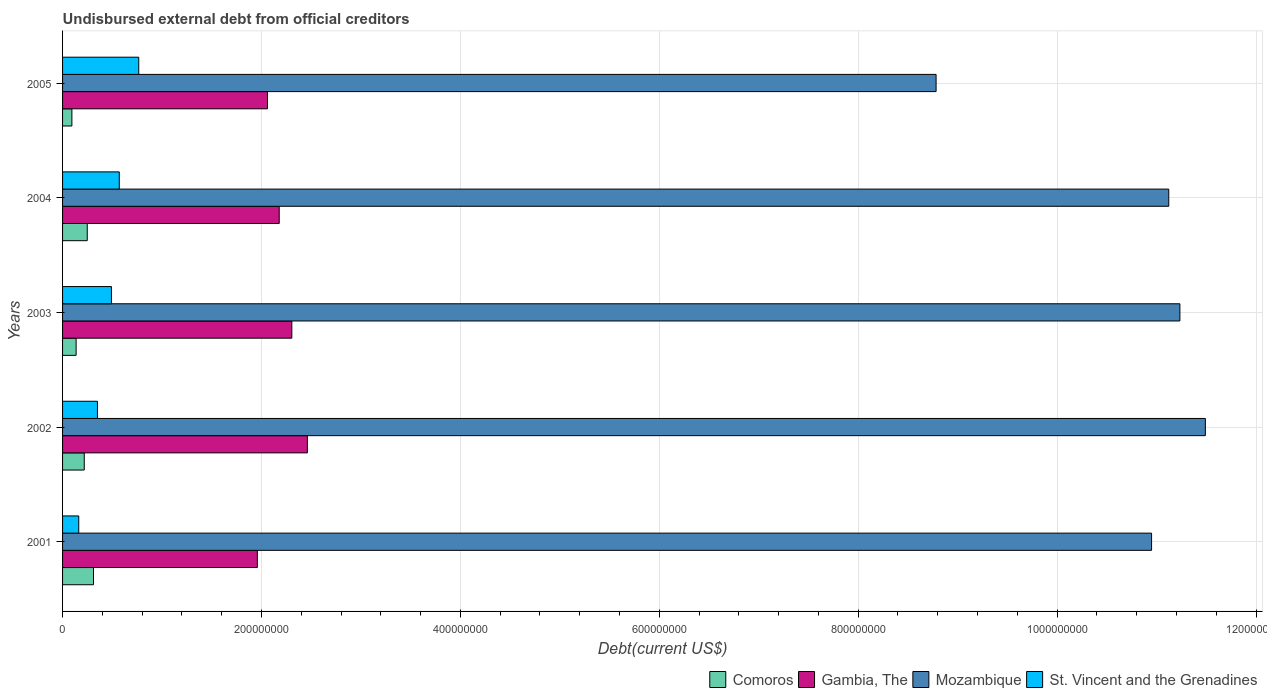
| Years | Comoros | Gambia, The | Mozambique | St. Vincent and the Grenadines |
 | --- | --- | --- | --- | --- |
 | 2001 | 3.11e+07 | 1.96e+08 | 1.09e+09 | 1.63e+07 |
 | 2002 | 2.18e+07 | 2.46e+08 | 1.15e+09 | 3.51e+07 |
 | 2003 | 1.36e+07 | 2.31e+08 | 1.12e+09 | 4.91e+07 |
 | 2004 | 2.48e+07 | 2.18e+08 | 1.11e+09 | 5.7e+07 |
 | 2005 | 9.37e+06 | 2.06e+08 | 8.78e+08 | 7.66e+07 |